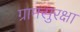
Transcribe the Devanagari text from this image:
ग्रामसुरक्षा